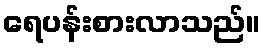
ရေပန်းစားလာသည်။